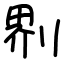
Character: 𠝹